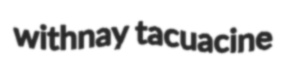
withnay tacuacine